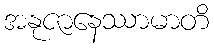
အနုဇာနေဿာမာတိ